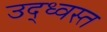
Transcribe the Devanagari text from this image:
उद्‌ध्‍वस्त